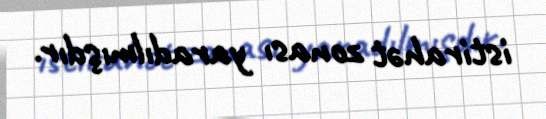
istirahət zonası yaradılmışdır.